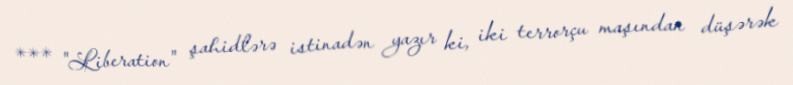
*** "Liberation" şahidlərə istinadən yazır ki, iki terrorçu maşından düşərək